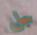
سجل